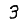
Digit: 3